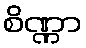
စိဏ္ဏာ